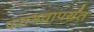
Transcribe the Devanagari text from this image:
पराभवापर्यंत